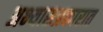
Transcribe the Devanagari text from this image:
अभ्यासप्रकारात